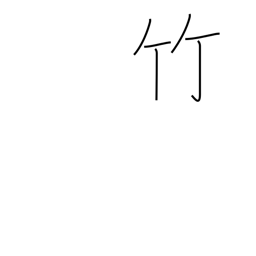
Meaning: bamboo